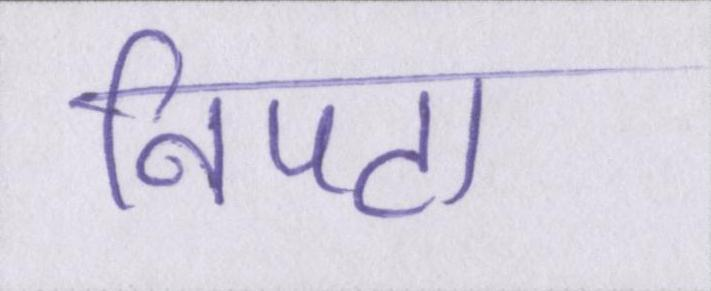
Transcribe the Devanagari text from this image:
निपटा